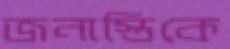
জনাস্তিকে